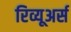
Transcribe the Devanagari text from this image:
रिव्यूअर्स